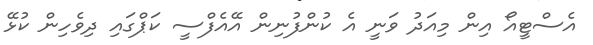
އެސްޓީއޯ އިން މިއަދު ވަނީ އެ ކުންފުނިން އޭއެފްސީ ކަޕްގައި ދިވެހިން ކުޅޭ